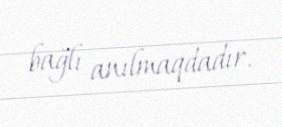
bağlı anılmaqdadır.